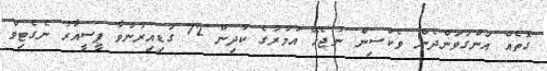
ގޮތެއް އަންގަވަންދެން ވެކްސިން ނުޖެހޭ އުމުރުގެ ކުދިން 72 ގަޑިއިރުނުވާ ޕީސީއާރު ނެގެޓިވް